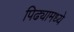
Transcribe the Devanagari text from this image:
पिढ्यामध्ये